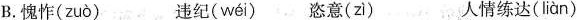
B.愧怍( zuò ) 违纪( wéi ) 恣意( zì ) 人情练达( liàn )